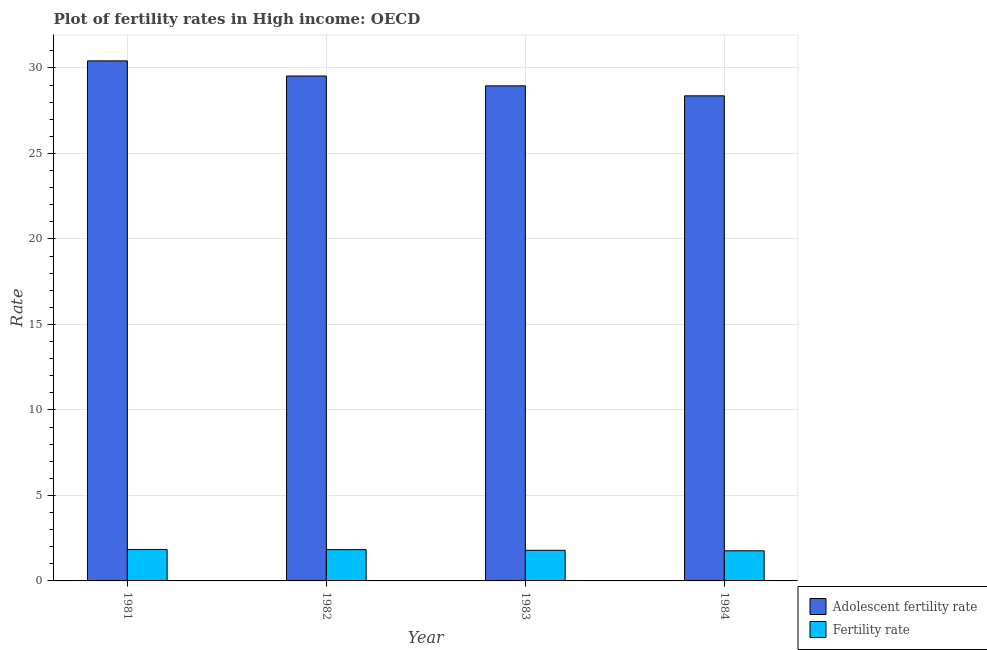
| Year | Adolescent fertility rate | Fertility rate |
 | --- | --- | --- |
 | 1981 | 30.4 | 1.84 |
 | 1982 | 29.5 | 1.83 |
 | 1983 | 29 | 1.79 |
 | 1984 | 28.4 | 1.76 |